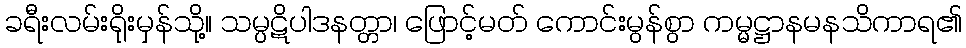
ခရီးလမ်းရိုးမှန်သို့။ သမ္ပဋိပါဒနတ္တာ၊ ဖြောင့်မတ် ကောင်းမွန်စွာ ကမ္မဋ္ဌာနမနသိကာရ၏